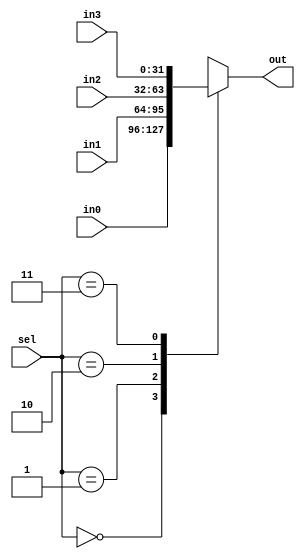
`timescale 1ns / 1ps
//////////////////////////////////////////////////////////////////////////////////
// Company: 
// Engineer: 
// 
// Design Name: 
// Module Name:    MUX 
// Project Name: 
// Target Devices: 
// Tool versions: 
// Description: 
//
// Dependencies: 
//
// Revision: 
// Revision 0.01 - File Created
// Additional Comments: 
//
//////////////////////////////////////////////////////////////////////////////////
module MUX_4_32(
    input [31:0] in0,
	 input [31:0] in1,
	 input [31:0] in2,
	 input [31:0] in3,
	 input [1:0] sel,
	 output reg [31:0] out
    );
	 
	 always@(*) begin
		case(sel)
			2'b00: begin
				out = in0;
			end
			2'b01: begin
				out = in1;
			end
			2'b10: begin
				out = in2;
			end
			2'b11: begin
				out = in3;
			end
			default: begin
			end
		endcase
	 end
endmodule

module MUX_2_32(
    input [31:0] in0,
	 input [31:0] in1,
	 input sel,
	 output reg [31:0] out
    );
	 
	 always@(*) begin
		case(sel)
			1'b0: begin
				out = in0;
			end
			1'b1: begin
				out = in1;
			end
			default: begin
			end
		endcase
	 end
endmodule

module MUX_8_32(
    input [31:0] in0,
	 input [31:0] in1,
	 input [31:0] in2,
	 input [31:0] in3,
	 input [31:0] in4,
	 input [31:0] in5,
	 input [31:0] in6,
	 input [31:0] in7,
	 input [2:0] sel,
	 output reg [31:0] out
    );
	 
	 always@(*) begin
		case(sel)
			3'b000: begin
				out = in0;
			end
			3'b001: begin
				out = in1;
			end
			3'b010: begin
				out = in2;
			end
			3'b011: begin
				out = in3;
			end
			3'b100: begin
				out = in4;
			end
			3'b101: begin
				out = in5;
			end
			3'b110: begin
				out = in6;
			end
			3'b111: begin
				out = in7;
			end
			default: begin
			end
		endcase
	 end
endmodule


module MUX_16_32(
    input [31:0] in0,
	 input [31:0] in1,
	 input [31:0] in2,
	 input [31:0] in3,
	 input [31:0] in4,
	 input [31:0] in5,
	 input [31:0] in6,
	 input [31:0] in7,
	 input [31:0] in8,
	 input [31:0] in9,
	 input [31:0] in10,
	 input [31:0] in11,
	 input [31:0] in12,
	 input [31:0] in13,
	 input [31:0] in14,
	 input [31:0] in15,
	 input [3:0] sel,
	 output reg [31:0] out
    );
	
	 always@(*) begin
		case(sel)
			4'b0000: begin
				out = in0;
			end
			4'b0001: begin
				out = in1;
			end
			4'b0010: begin
				out = in2;
			end
			4'b0011: begin
				out = in3;
			end
			4'b0100: begin
				out = in4;
			end
			4'b0101: begin
				out = in5;
			end
			4'b0110: begin
				out = in6;
			end
			4'b0111: begin
				out = in7;
			end
			4'b1000: begin
				out = in8;
			end
			4'b1001: begin
				out = in9;
			end
			4'b1010: begin
				out = in10;
			end
			4'b1011: begin
				out = in11;
			end
			4'b1100: begin
				out = in12;
			end
			4'b1101: begin
				out = in13;
			end
			4'b1110: begin
				out = in14;
			end
			4'b1111: begin
				out = in15;
			end
			default: begin
			end
		endcase
	 end
endmodule